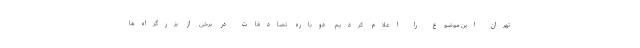
تهران این موضوع را اعلام کردیم. دوباره تصادفات در برخی از بزرگراه‌ها